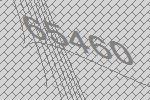
65460